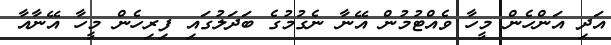
އަދި އަންހެން މީހާ ވެއްޓުމުން އޭނާ ނެގުމުގެ ބަދަލުގައި ފިރިހެން މީހާ އޭނާއާ